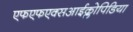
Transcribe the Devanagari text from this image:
एफएफएक्सआईक्लोपिडिया